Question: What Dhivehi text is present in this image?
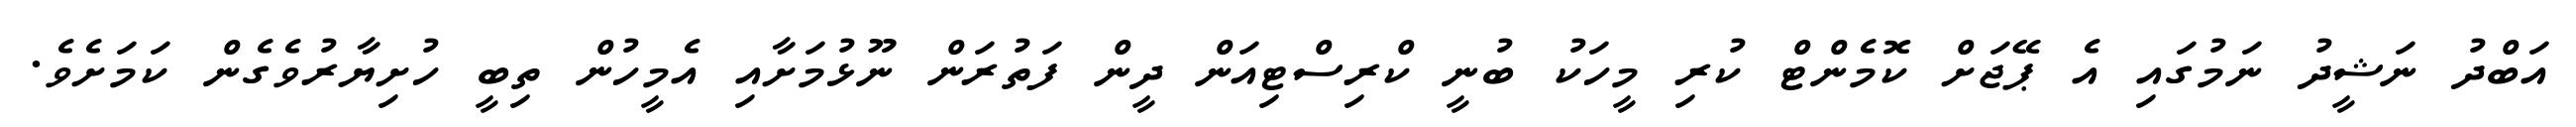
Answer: އަބްދު ނަޝީދު ނަމުގައި އެ ޕޭޖަށް ކޮމެންޓް ކުރި މީހަކު ބުނީ ކްރިސްޓިއަން ދީން ފަތުރަން ނޫޅުމަށާއި އެމީހުން ތިބީ ހުށިޔާރުވެގެން ކަމަށެވެ.